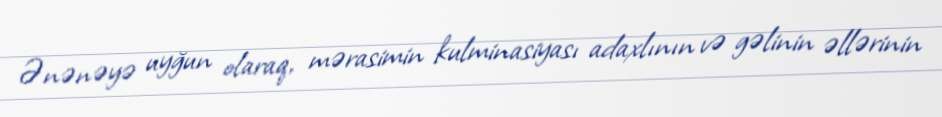
Ənənəyə uyğun olaraq, mərasimin kulminasiyası adaxlının və gəlinin əllərinin